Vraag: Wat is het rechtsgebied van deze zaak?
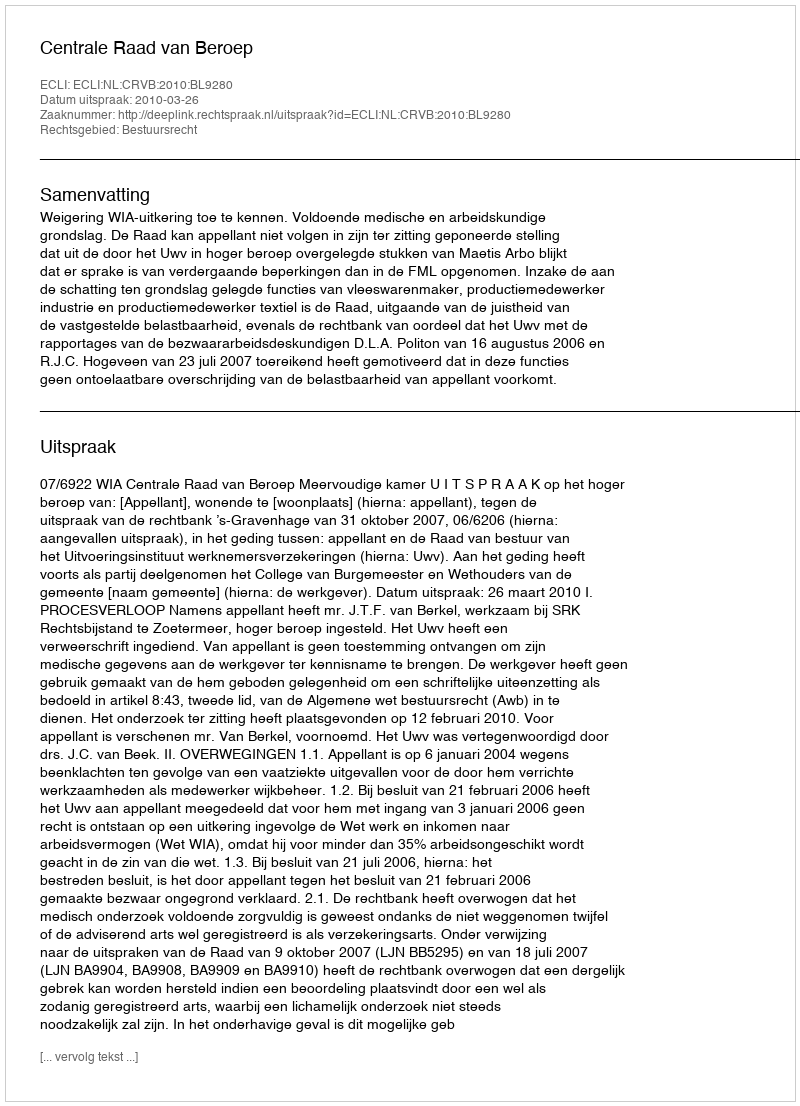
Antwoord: Bestuursrecht